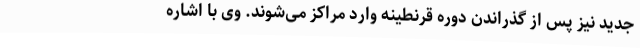
جدید نیز پس از گذراندن دوره قرنطینه وارد مراکز می‌شوند. وی با اشاره